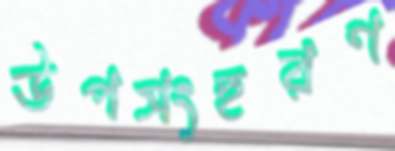
উপসংহরণ